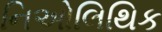
નિઓલિથિક